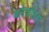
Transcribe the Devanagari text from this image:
बागेकरिता